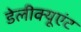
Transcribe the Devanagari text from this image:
डेलीक्यूएंट